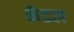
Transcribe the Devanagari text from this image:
कॅडल